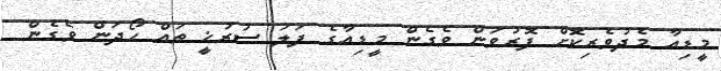
މީޑިއާ މެދުވެރިކޮށް ފޮރުވަން ވެގެން މީޑިއާގެ ފަލަ ސުރުޚީ ތައް ހޯދަން ވެގެން